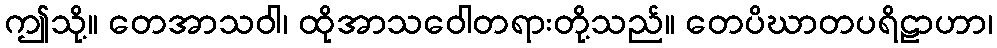
ဤသို့။ တေအာသဝါ၊ ထိုအာသဝေါတရားတို့သည်။ တေပိဃာတပရိဠာဟာ၊